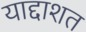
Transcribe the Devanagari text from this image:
याद्दाशत